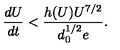
{ \frac { d U } { d t } } < { \frac { h ( U ) U ^ { 7 / 2 } } { d _ { 0 } ^ { 1 / 2 } e } } .